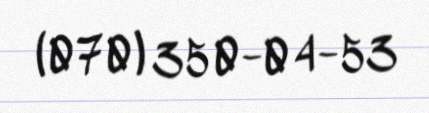
(070) 350-04-53